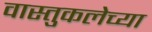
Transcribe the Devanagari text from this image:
वास्तुकलेच्या